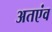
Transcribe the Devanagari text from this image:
अतएंव